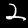
Digit: 2